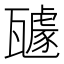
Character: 𭺥